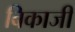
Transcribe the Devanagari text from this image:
बिकाजी